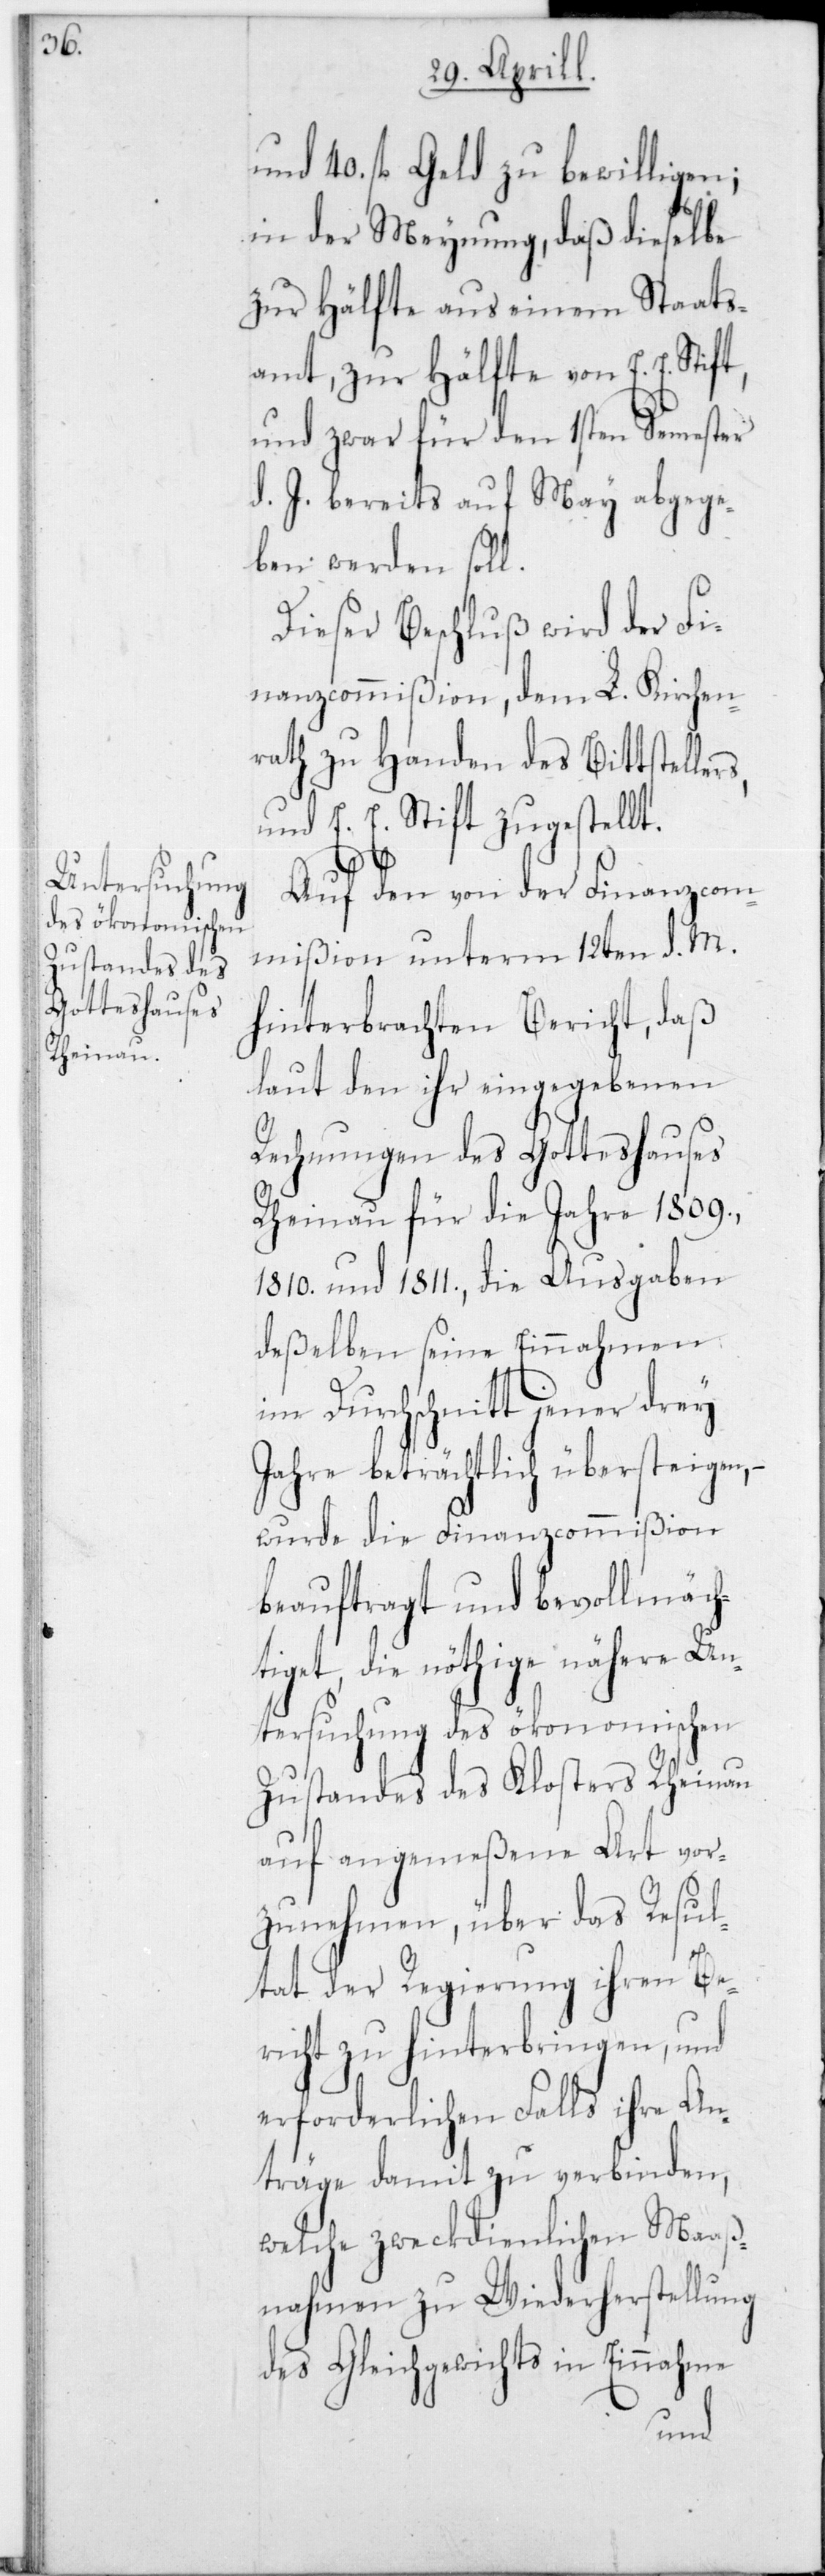
und 40 fl. Geld zu bewilligen;
in der Meynung, daß dieselbe
zur Hälfte aus einem Staats¬
amt, zur Hälfte von E. E. Stift,
und zwar für den 1sten Semester
d. J. bereits auf May abgege¬
ben werden soll.
Dieser Beschluß wird der Fi¬
nanzcommißion, dem L. Kirchen¬
rath zu Handen des Bittstelle¬
und E. E. Stift zugestellt.
Auf den von der Finanzcom¬
mißion unterm 12ten d. M.
hinterbrachten Bericht, daß
laut den ihr eingegebenen
Rechnungen des Gotteshauses
Rheinau für die Jahre 1809,
1810 und 1811, die Ausgaben
deßelben seine Einnahmen
im Durchschnitt jener drey
Jahre beträchtlich übersteigen,
wurde die Finanzcommißion
beauftragt und bevollmäch¬
tiget, die nöthige nähere Un¬
tersuchung des ökonomischen
Zustandes des Klosters Rheinau
auf angemeßene Art vor¬
zunehmen, über das Resul¬
rs,
tat der Regierung ihren Be¬
richt zu hinterbringen, und
erforderlichen Falls ihre An¬
träge damit zu verbinden,
welche zweckdienlichen Maaß¬
nahmen zu Wiederherstellung
des Gleichgewichts in Einnahme